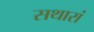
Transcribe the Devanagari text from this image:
सथारां